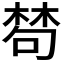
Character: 𣕽